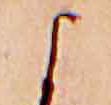
よ